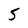
Character: 5